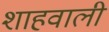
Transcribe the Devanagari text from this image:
शाहवाली